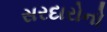
સરદારોનો